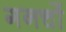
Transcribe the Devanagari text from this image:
गनचों